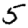
Digit: 5